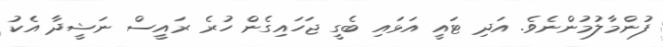
ފުންމާލުމުންނެވެ. އަދި ޓައީ އަޅައި ބެގީ ޖަހައިގެން ހުރެ ރައީސް ނަޝީދާ އެކު